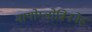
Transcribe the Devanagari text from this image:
मायोग्लोबिनमेह